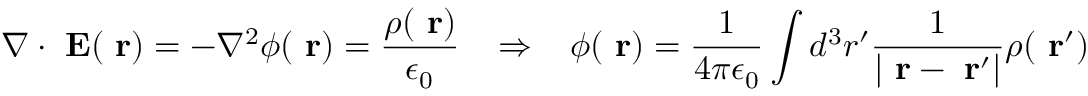
\nabla \cdot \mathrm { \bf ~ E } ( \mathrm { \bf ~ r } ) = - \nabla ^ { 2 } \phi ( \mathrm { \bf ~ r } ) = \frac { \rho ( \mathrm { \bf ~ r } ) } { \epsilon _ { 0 } } \; \; \; \Rightarrow \; \; \; \phi ( \mathrm { \bf ~ r } ) = \frac { 1 } { 4 \pi \epsilon _ { 0 } } \int d ^ { 3 } r ^ { \prime } \frac { 1 } { | \mathrm { \bf ~ r } - \mathrm { \bf ~ r } ^ { \prime } | } \rho ( \mathrm { \bf ~ r } ^ { \prime } )